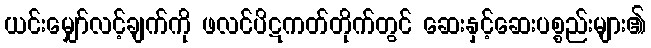
ယင်းမျှော်လင့်ချက်ကို ဖလင်ပိဋကတ်တိုက်တွင် ဆေးနှင့်ဆေးပစ္စည်းများ၏